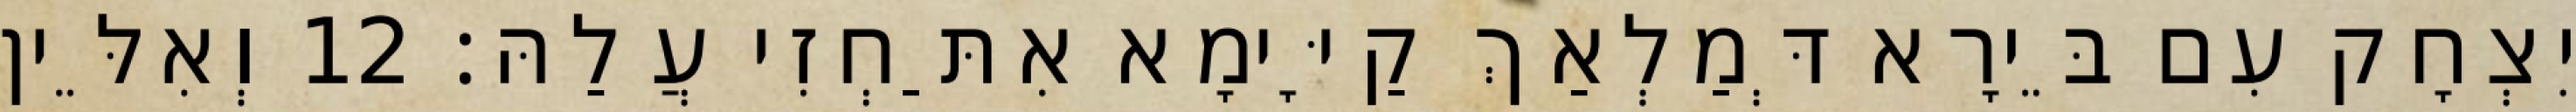
יִצְחָק עִם בֵּירָא דְּמַלְאַךְ קַיָּימָא אִתַּחְזִי עֲלַהּ׃ 12 וְאִלֵּין